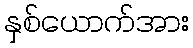
နှစ်ယောက်အား